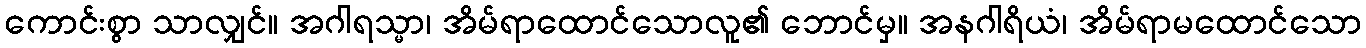
ကောင်းစွာ သာလျှင်။ အဂါရသ္မာ၊ အိမ်ရာထောင်သောလူ၏ ဘောင်မှ။ အနဂါရိယံ၊ အိမ်ရာမထောင်သော